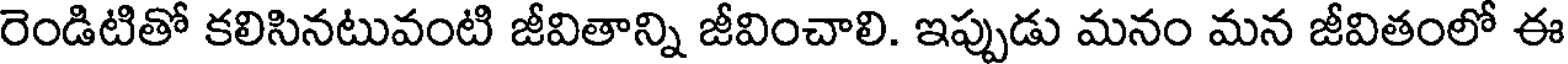
రెండిటితో కలిసినటువంటి జీవితాన్ని జీవించాలి. ఇప్పుడు మనం మన జీవితంలో ఈ